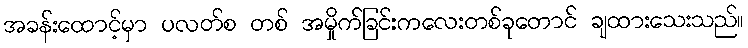
အခန်းထောင့်မှာ ပလတ်စ တစ် အမှိုက်ခြင်းကလေးတစ်ခုတောင် ချထားသေးသည်။